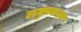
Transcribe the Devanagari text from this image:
लघुप्रकल्प